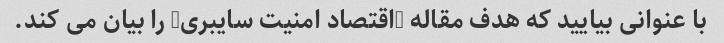
با عنوانی بیایید که هدف مقاله "اقتصاد امنیت سایبری" را بیان می کند.